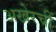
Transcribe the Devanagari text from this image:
अखेरचीं